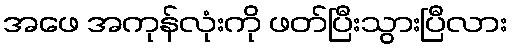
အဖေ အကုန်လုံးကို ဖတ်ပြီးသွားပြီလား